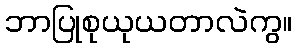
ဘာပြုစုယုယတာလဲကွ။